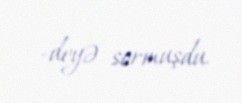
-deyə sormuşdu.